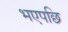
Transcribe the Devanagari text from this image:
भएपछि